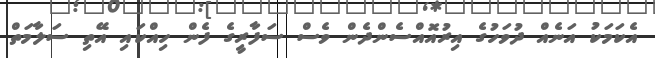
އެކަމަކު އަނެއް ދުވަހުގެ އިރުއޮއްސެންދެން ވެސް ސަފާރީގެ ފެން ހިއްކައި އޭތި ސަލާމަތް